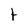
Character: t